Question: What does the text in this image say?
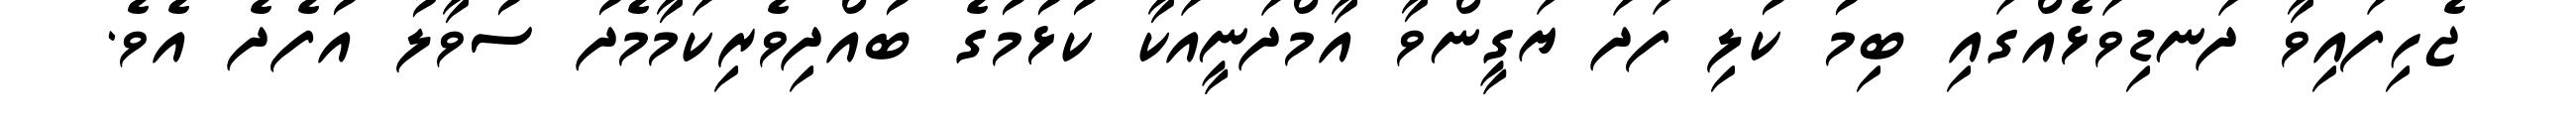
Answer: ޖެހިފައިވާ ދަނޑިވަޅެއްގައި ބިމު ކުލި ފަދަ ޔަގީންވާ އާމްދަނީއަކާ ކުޅުމުގެ ބުއްދިވެރިކަމާމެދު ސުވާލު އުފެދެ އެވެ.